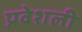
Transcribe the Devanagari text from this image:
प्रवेशली